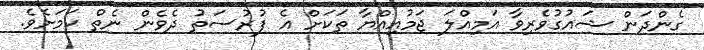
ގެންދަން ޝައުގުވެރިވާ އަމިއްލަ ޖަމުއިއްޔާ ތަކަށް އެ ފުރުސަތު ދެވެން ނެތް ކަމަށެވެ.